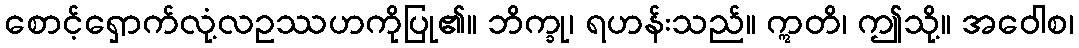
စောင့်ရှောက်လုံ့လဥဿဟကိုပြု၏။ ဘိက္ခု၊ ရဟန်းသည်။ ဣတိ၊ ဤသို့။ အဝေါစ၊